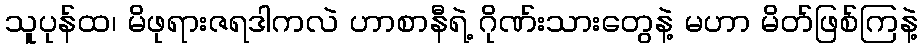
သူပုန်ထ၊ မိဖုရားဇရဒါကလဲ ဟာစာနီရဲ့ ဂိုဏ်းသားတွေနဲ့ မဟာ မိတ်ဖြစ်ကြနဲ့